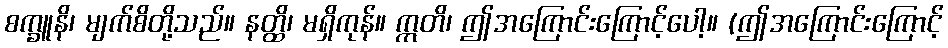
စက္ခူနိ၊ မျက်စိတို့သည်။ နတ္ထိ၊ မရှိကုန်။ ဣတိ၊ ဤအကြောင်းကြောင့်ပေါ့။ (ဤအကြောင်းကြောင့်